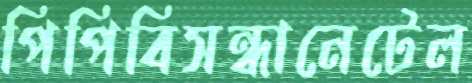
পিপিবিসন্ধানেটেল